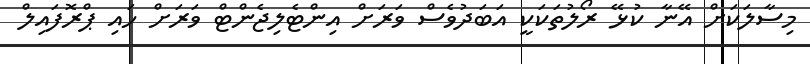
މިސާލަކަށް އޭނާ ކުޅޭ ރޯލުތަކަކީ އަބަދުވެސް ވަރަށް އިންޓެލިޖެންޓް ވަރަށް ހައި ޕްރޮފައިލް